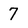
Character: 7